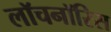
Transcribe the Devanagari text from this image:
लॉचनॉरिस